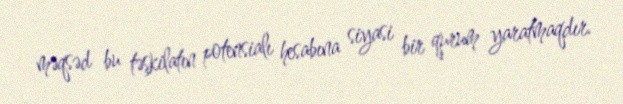
məqsəd bu təşkilatın potensialı hesabına siyasi bir qurum yaratmaqdır.